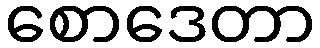
စောဒေတာ